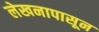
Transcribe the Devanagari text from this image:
लेखनापासून